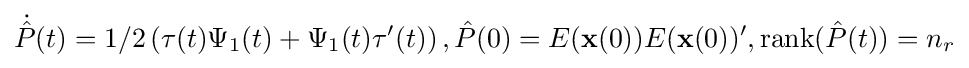
{\dot {\hat {P}}}(t)=1/2\left(\tau (t)\Psi _{1}(t)+\Psi _{1}(t)\tau '(t)\right),{\hat {P}}(0)=E({\mathbf {x} }(0))E({\mathbf {x} }(0))',\operatorname {rank} ({\hat {P}}(t))=n_{r}